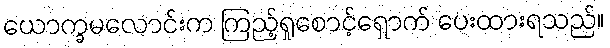
ယောက္ခမလောင်းက ကြည့်ရှုစောင့်ရှောက် ပေးထားရသည်။